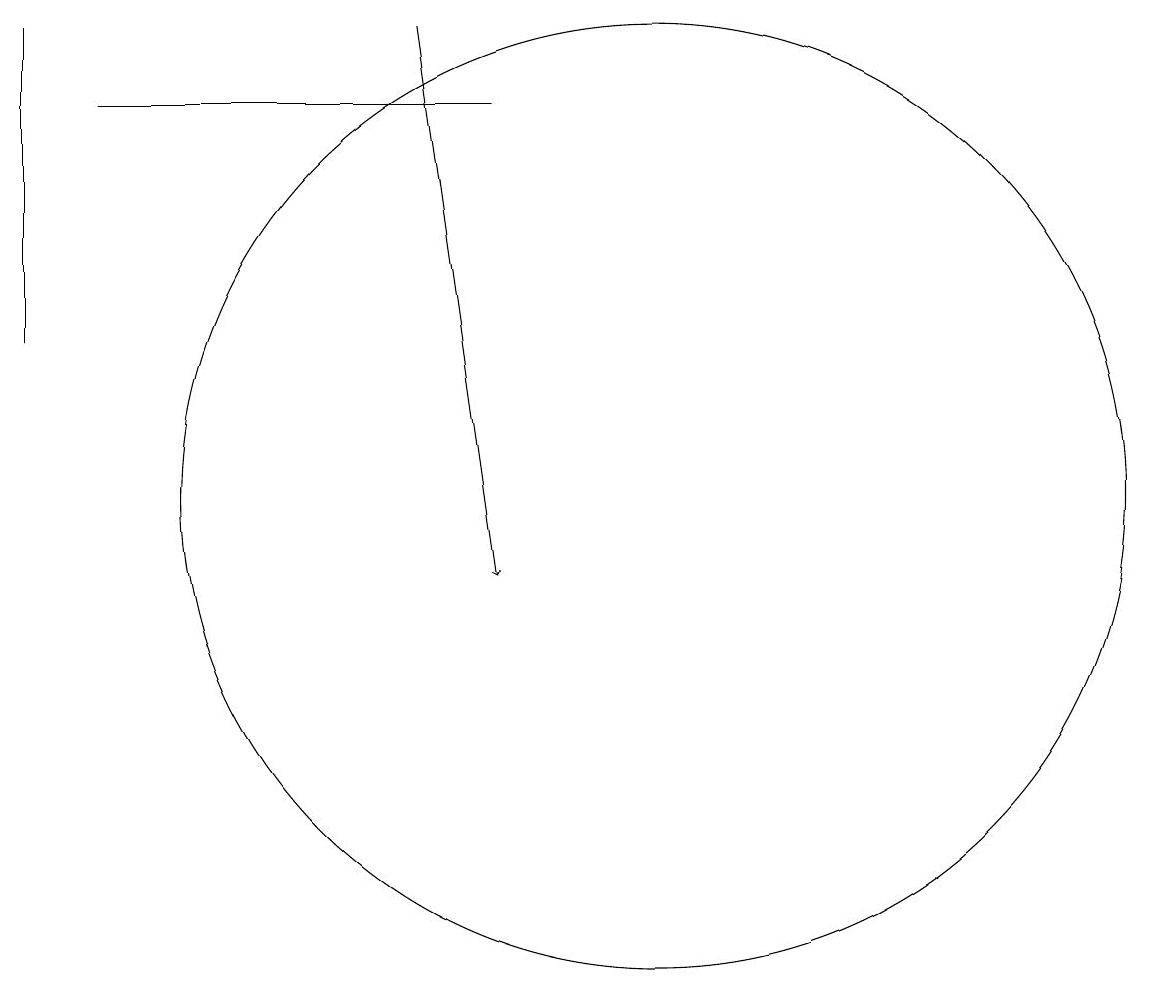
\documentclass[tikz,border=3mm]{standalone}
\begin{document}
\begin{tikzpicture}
\draw (2,17) rectangle (2,13);
\draw (8,16) rectangle (3,16);
\draw[->] (7,17) -- (8,10);
\draw (10,11) circle (6);
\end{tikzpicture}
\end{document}